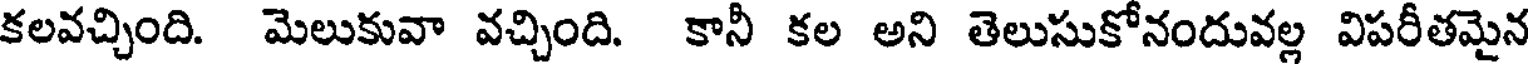
కలవచ్చింది. మెలుకువా వచ్చింది. కానీ కల అని తెలుసుకోనందువల్ల విపరీతమైన